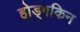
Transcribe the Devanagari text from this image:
होड्गकिन